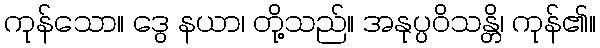
ကုန်သော။ ဒွေ နယာ၊ တို့သည်။ အနုပ္ပဝိသန္တိ၊ ကုန်၏။